Problem: 3 × 8 = ?
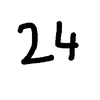
Handwritten answer: 24